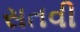
સતવી